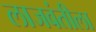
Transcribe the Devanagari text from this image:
लाजवंतीला